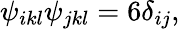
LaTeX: \psi_{ikl}\psi_{jkl}=6\delta_{ij},